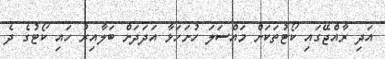
އަދި ރާއްޖޭގައި ކޯޓުތަކަށް މައްސަލަ ހުށަހަޅާ އަދަދަށް ބަލާއިރު ހައި ކޯޓުގެ ދެ